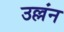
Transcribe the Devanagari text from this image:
उल्लंन